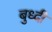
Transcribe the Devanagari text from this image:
बुध्‍दी